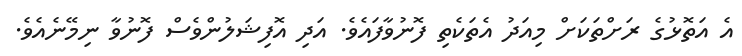
އެ އަތޮޅުގެ ރަށްތަކަށް މިއަދު އެތަކެތި ފޮނުވާފައެވެ. އަދި އޮފިޝަލުންވެސް ފޮނުވާ ނިމޭނެއެވެ.